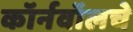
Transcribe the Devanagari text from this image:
कॉर्नवॉलचे